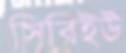
সিবিইউ